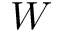
W